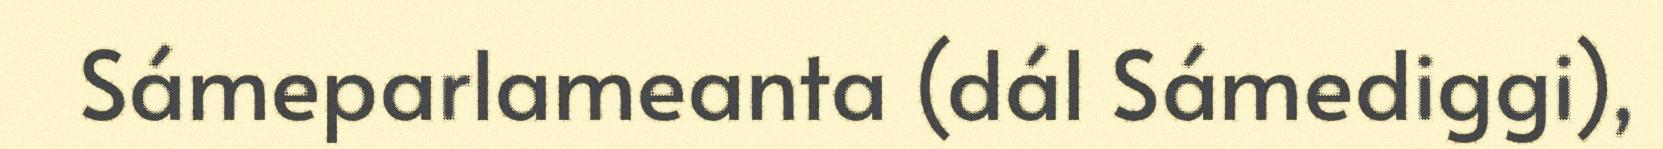
Sámeparlameanta (dál Sámediggi),